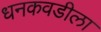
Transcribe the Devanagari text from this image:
धनकवडीला